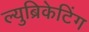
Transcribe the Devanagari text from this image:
ल्युब्रिकेटिंग